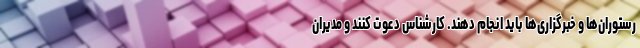
رستوران‌ها و خبرگزاری‌ها باید انجام دهند. کارشناس دعوت کنند و مدیران